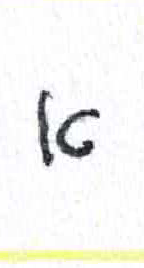
אות: א